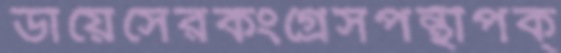
ডায়েসেরকংগ্রেসপন্থীপক্